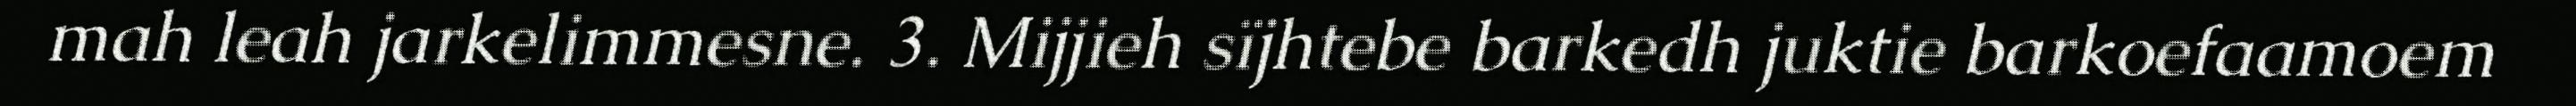
mah leah jarkelimmesne. 3. Mijjieh sïjhtebe barkedh juktie barkoefaamoem